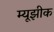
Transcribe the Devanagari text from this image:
म्यूझीक